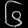
Digit: ၆